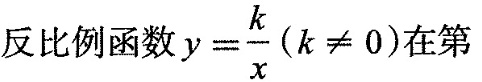
反比例函数 y= \frac{k}{x}(k \neq 0) 在第